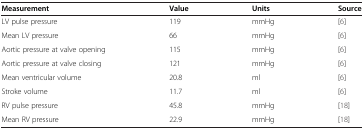
| Measurement | Value | Units | Source |
 | --- | --- | --- | --- |
 | LV pulse pressure | 119 | mmHg | [6] |
 | Mean LV pressure | 66 | mmHg | [6] |
 | Aortic pressure at valve opening | 115 | mmHg | [6] |
 | Aortic pressure at valve closing | 121 | mmHg | [6] |
 | Mean ventricular volume | 20.8 | ml | [6] |
 | Stroke volume | 11.7 | ml | [6] |
 | RV pulse pressure | 45.8 | mmHg | [18] |
 | Mean RV pressure | 22.9 | mmHg | [18] |